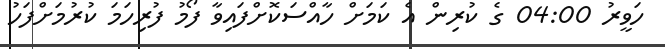
ހަވީރު 04:00 ގެ ކުރިން އެ ކަމަށް ހާއްސަކޮށްފައިވާ ފޯމު ފުރިހަމަ ކުރުމަށްފަހު